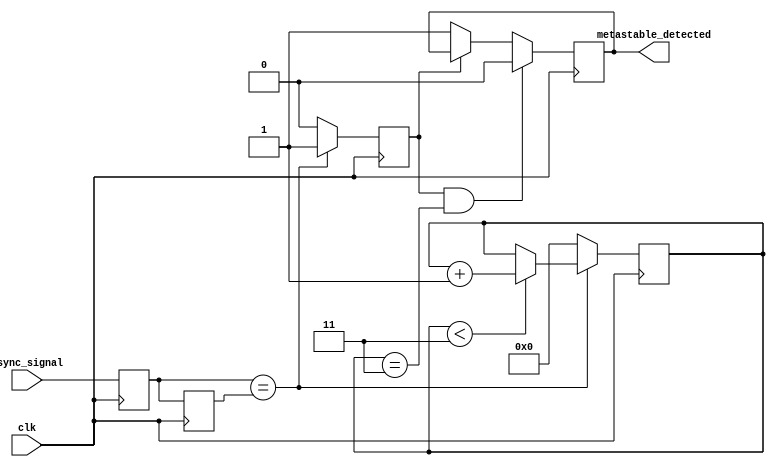
module metastability_detector #(
    parameter STABILITY_CYCLES = 4 // Number of cycles to confirm stability
)(
    input wire clk,                // Stable clock signal
    input wire async_signal,       // Asynchronous input signal
    output reg metastable_detected // Output indicator for metastability
);

    // Internal signals
    reg latch1, latch2;
    reg [STABILITY_CYCLES-1:0] stability_counter; // Counter for stability check
    reg stable; // Flag indicating if the output is stable

    // Latch the asynchronous signal on the rising edge of the clock
    always @(posedge clk) begin
        latch1 <= async_signal; // Sample the asynchronous signal
        latch2 <= latch1;       // Sample the output of the first latch
    end

    // Monitor the outputs of the latches for stability
    always @(posedge clk) begin
        if (latch1 == latch2) begin
            // Outputs are the same
            if (stability_counter < STABILITY_CYCLES - 1) begin
                stability_counter <= stability_counter + 1; // Increment counter
            end
            stable <= 1; // Indicate stable state
        end else begin
            // Outputs are different, reset the counter
            stability_counter <= 0;
            stable <= 0; // Indicate unstable state
        end
    end

    // Determine if metastability has been detected
    always @(posedge clk) begin
        if (stable && (stability_counter == STABILITY_CYCLES - 1)) begin
            metastable_detected <= 0; // No metastability detected
        end else if (!stable) begin
            metastable_detected <= 1; // Metastability detected
        end
    end

    // Reset mechanism (optional)
    initial begin
        latch1 = 0;
        latch2 = 0;
        stability_counter = 0;
        metastable_detected = 0;
        stable = 0;
    end

endmodule